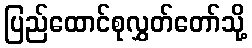
ပြည်ထောင်စုလွှတ်တော်သို့